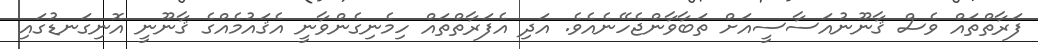
ފަރާތްތައް ވެސް ޤާނޫނުއަސާސީއަށް ތަބާވާންޖެހޭނެއެވެ. އަދި އެފަރާތްތައް ހިމެނިގެންވާނީ އެޤައުމެއްގެ ޤާނޫނީ އޮނިގަނޑުގައި